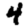
Digit: 4